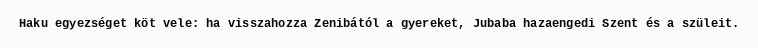
Haku egyezséget köt vele: ha visszahozza Zenibától a gyereket, Jubaba hazaengedi Szent és a szüleit.